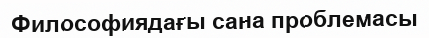
Философиядағы сана проблемасы